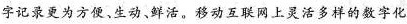
字记录更为方便、生动、鲜活。移动互联网上灵活多样的数字化观看模